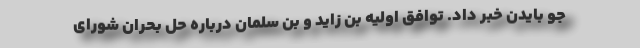
جو بایدن خبر داد. توافق اولیه بن زاید و بن سلمان درباره حل بحران شورای